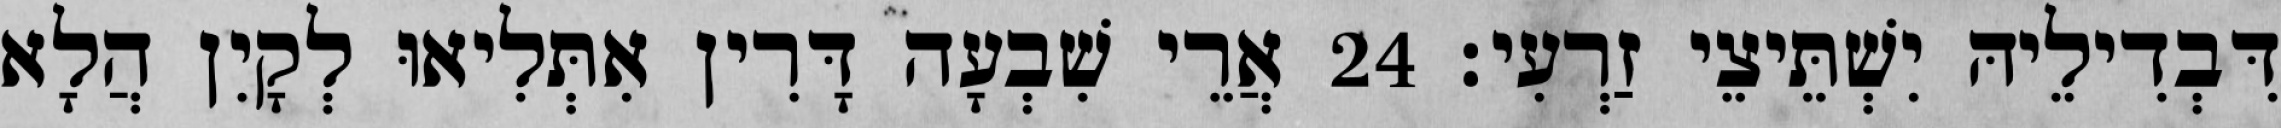
דִּבְדִילֵיהּ יִשְׁתֵּיצֵי זַרְעִי׃ 24 אֲרֵי שִׁבְעָה דָּרִין אִתְּלִיאוּ לְקָיִן הֲלָא